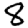
Digit: 8